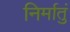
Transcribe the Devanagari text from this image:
निर्मातुं